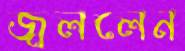
জ্বললেন